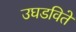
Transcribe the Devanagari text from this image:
उघडविते